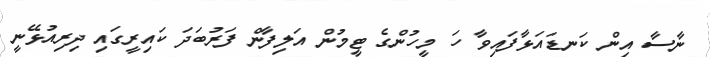
ނާސާ އިން ކަނޑައަޅާފައިވާ ހަ މީހުންގެ ޓީމުން އަލިފާން ފަރުބަދަ ކައިރީގައި ދިރިއުޅޭނީ